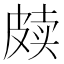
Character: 𰤫